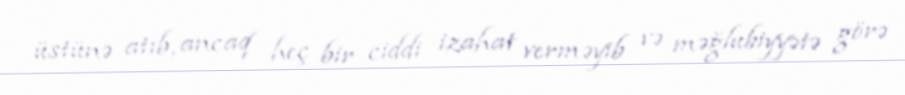
üstünə atıb, ancaq heç bir ciddi izahat verməyib və məğlubiyyətə görə